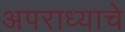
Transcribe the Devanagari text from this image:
अपराध्याचे